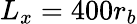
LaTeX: L_{x}=400r_{b}